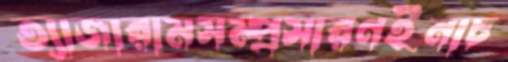
ত্যাজারামসম্প্রসারণইনাচ